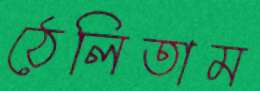
ঠেলিতাম